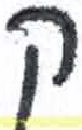
אות: ק